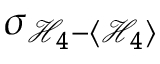
\sigma _ { \mathcal { H } _ { 4 } - \left< \mathcal { H } _ { 4 } \right> }